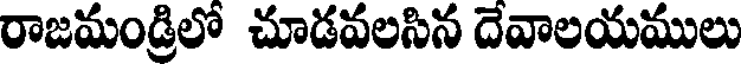
రాజమండ్రిలో చూడవలసిన దేవాలయములు